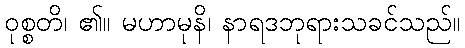
ဝုစ္စတိ၊ ၏။ မဟာမုနိ၊ နာရဒဘုရားသခင်သည်။